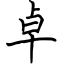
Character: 卓